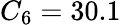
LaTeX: C_{6}=30.1